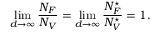
\operatorname* { l i m } _ { d \to \infty } \frac { N _ { F } } { N _ { V } } = \operatorname* { l i m } _ { d \to \infty } \frac { N _ { F } ^ { \star } } { N _ { V } ^ { \star } } = 1 .